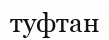
туфтан